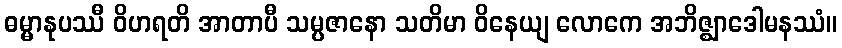
ဓမ္မာနုပဿီ ဝိဟရတိ အာတာပီ သမ္ပဇာနော သတိမာ ဝိနေယျ လောကေ အဘိဇ္ဈာဒေါမနဿံ။